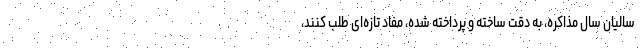
سالیان سال مذاکره، به دقت ساخته و پرداخته شده، مفاد تازه‌ای طلب کنند،